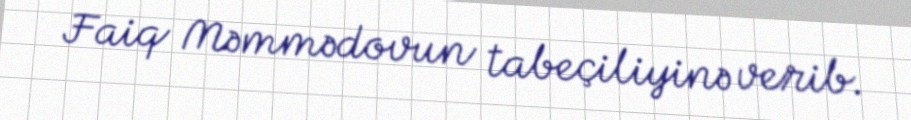
Faiq Məmmədovun tabeçiliyinə verib.